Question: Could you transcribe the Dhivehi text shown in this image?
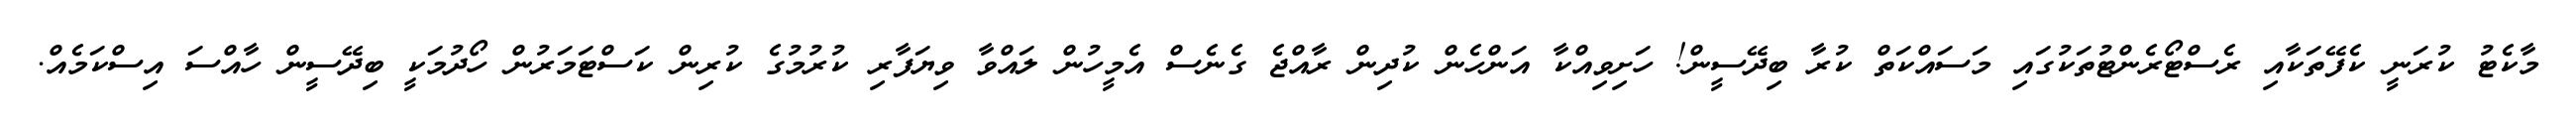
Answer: މާކެޓު ކުރަނީ ކެފޭތަކާއި ރެސްޓޯރެންޓުތަކުގައި މަސައްކަތް ކުރާ ބިދޭސީން! ހަށިވިއްކާ އަންހެން ކުދިން ރާއްޖެ ގެނެސް އެމީހުން ލައްވާ ވިޔަފާރި ކުރުމުގެ ކުރިން ކަސްޓަމަރުން ހޯދުމަކީ ބިދޭސީން ހާއްސަ އިސްކަމެއް.